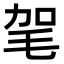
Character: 毠